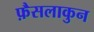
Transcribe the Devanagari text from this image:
फ़ैसलाकुन